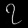
Digit: ၇